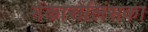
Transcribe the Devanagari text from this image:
मेंकारोलिंसका